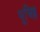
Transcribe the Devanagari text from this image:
भूचिह्न